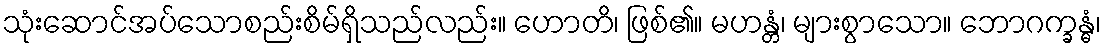
သုံးဆောင်အပ်သောစည်းစိမ်ရှိသည်လည်း။ ဟောတိ၊ ဖြစ်၏။ မဟန္တံ၊ များစွာသော။ ဘောဂက္ခန္ဓံ၊